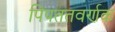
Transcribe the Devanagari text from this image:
पिपततवर्णक